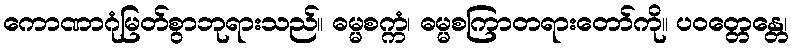
ကောဏာဂုံမြတ်စွာဘုရားသည်။ ဓမ္မစက္ကံ၊ ဓမ္မစကြာတရားတော်ကို။ ပဝတ္တေန္တေ၊